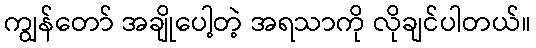
ကျွန်တော် အချိုပေါ့တဲ့ အရသာကို လိုချင်ပါတယ်။